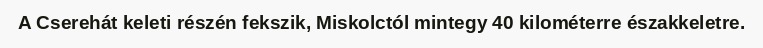
A Cserehát keleti részén fekszik, Miskolctól mintegy 40 kilométerre északkeletre.